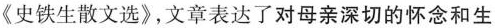
《史铁生散文选》，文章表达了对母亲深切的怀念和生